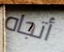
أتجاه